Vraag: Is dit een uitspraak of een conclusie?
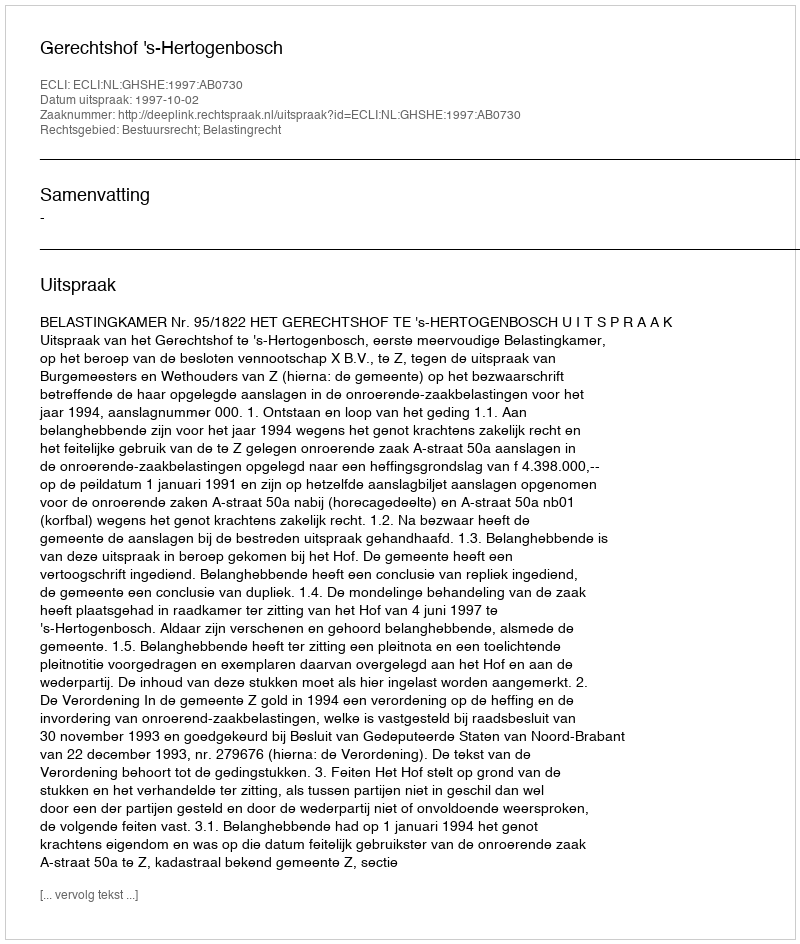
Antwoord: Uitspraak